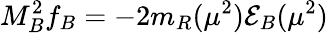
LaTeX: M_{B}^{2}f_{B}=-2m_{R}(\mu^{2}){\cal E}_{B}(\mu^{2})